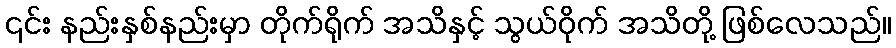
၎င်း နည်းနှစ်နည်းမှာ တိုက်ရိုက် အသိနှင့် သွယ်ဝိုက် အသိတို့ ဖြစ်လေသည်။